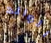
الوالد